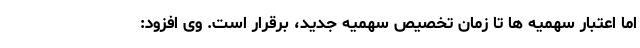
اما اعتبار سهمیه ها تا زمان تخصیص سهمیه جدید، برقرار است. وی افزود: